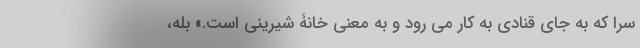
سَرا که به جای قنادی به کار می رود و به معنی خانۀ شیرینی است.» بله،